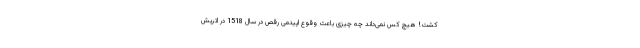
کشت! هیچ کس نمی‌داند چه چیزی باعث وقوع اپیدمی رقص در سال 1518 در اتریش